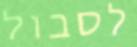
לסבול